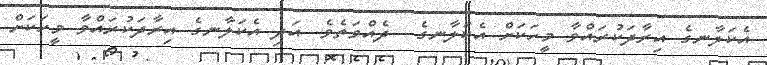
އެކަލާނގެ އިރާދަކުރައްވާ މީހަކަށް އެކަލާނގެ  ދެއްވަތެވެ. އަދި އެކަލާނގެ އިރާދަކުރައްވާ މީހަކަށް